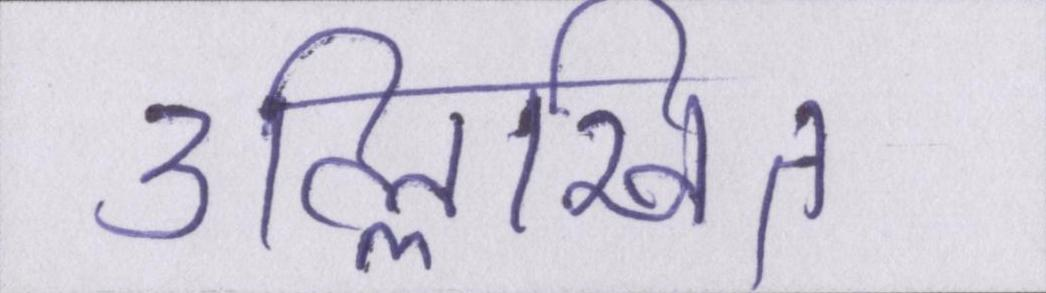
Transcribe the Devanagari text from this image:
उल्लिखित